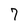
Character: 7